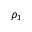
\rho _ { 1 }